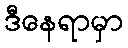
ဒီနေရာမှာ